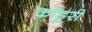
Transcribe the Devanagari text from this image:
कोडुरी